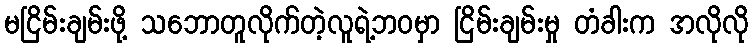
မငြိမ်းချမ်းဖို့ သဘောတူလိုက်တဲ့လူရဲ့ဘဝမှာ ငြိမ်းချမ်းမှု တံခါးက အလိုလို